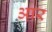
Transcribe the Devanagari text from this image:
आ़र